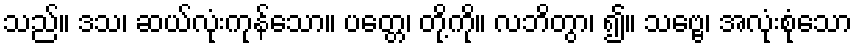
သည်။ ဒသ၊ ဆယ်လုံးကုန်သော။ ပတ္တေ၊ တို့ကို။ လဘိတွာ၊ ၍။ သဗ္ဗေ၊ အလုံးစုံသော